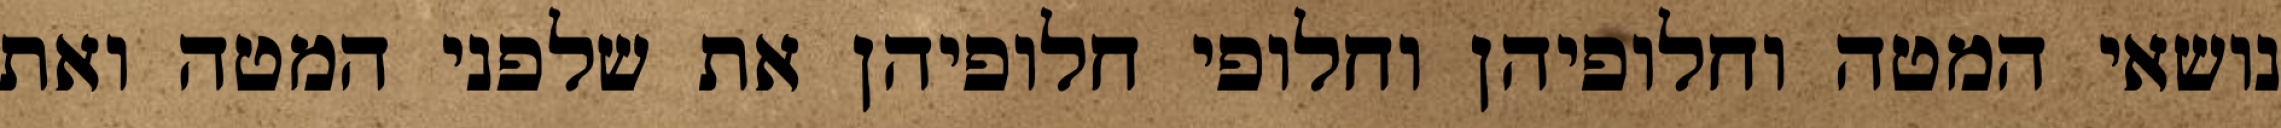
נושאי המטה וחלופיהן וחלופי חלופיהן את שלפני המטה ואת